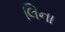
લિના